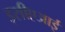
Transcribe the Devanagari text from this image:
इसीएआई